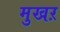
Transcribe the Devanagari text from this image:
मुखऱ